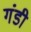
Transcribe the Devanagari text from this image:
गंडी